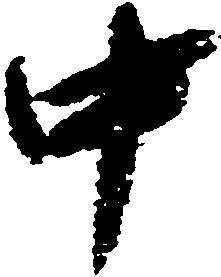
中